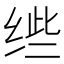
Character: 𱺤